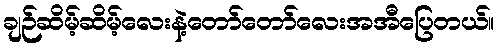
ချဉ်ဆိမ့်ဆိမ့်လေးနဲ့တော်တော်လေးအအီပြေတယ်။